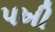
પખી